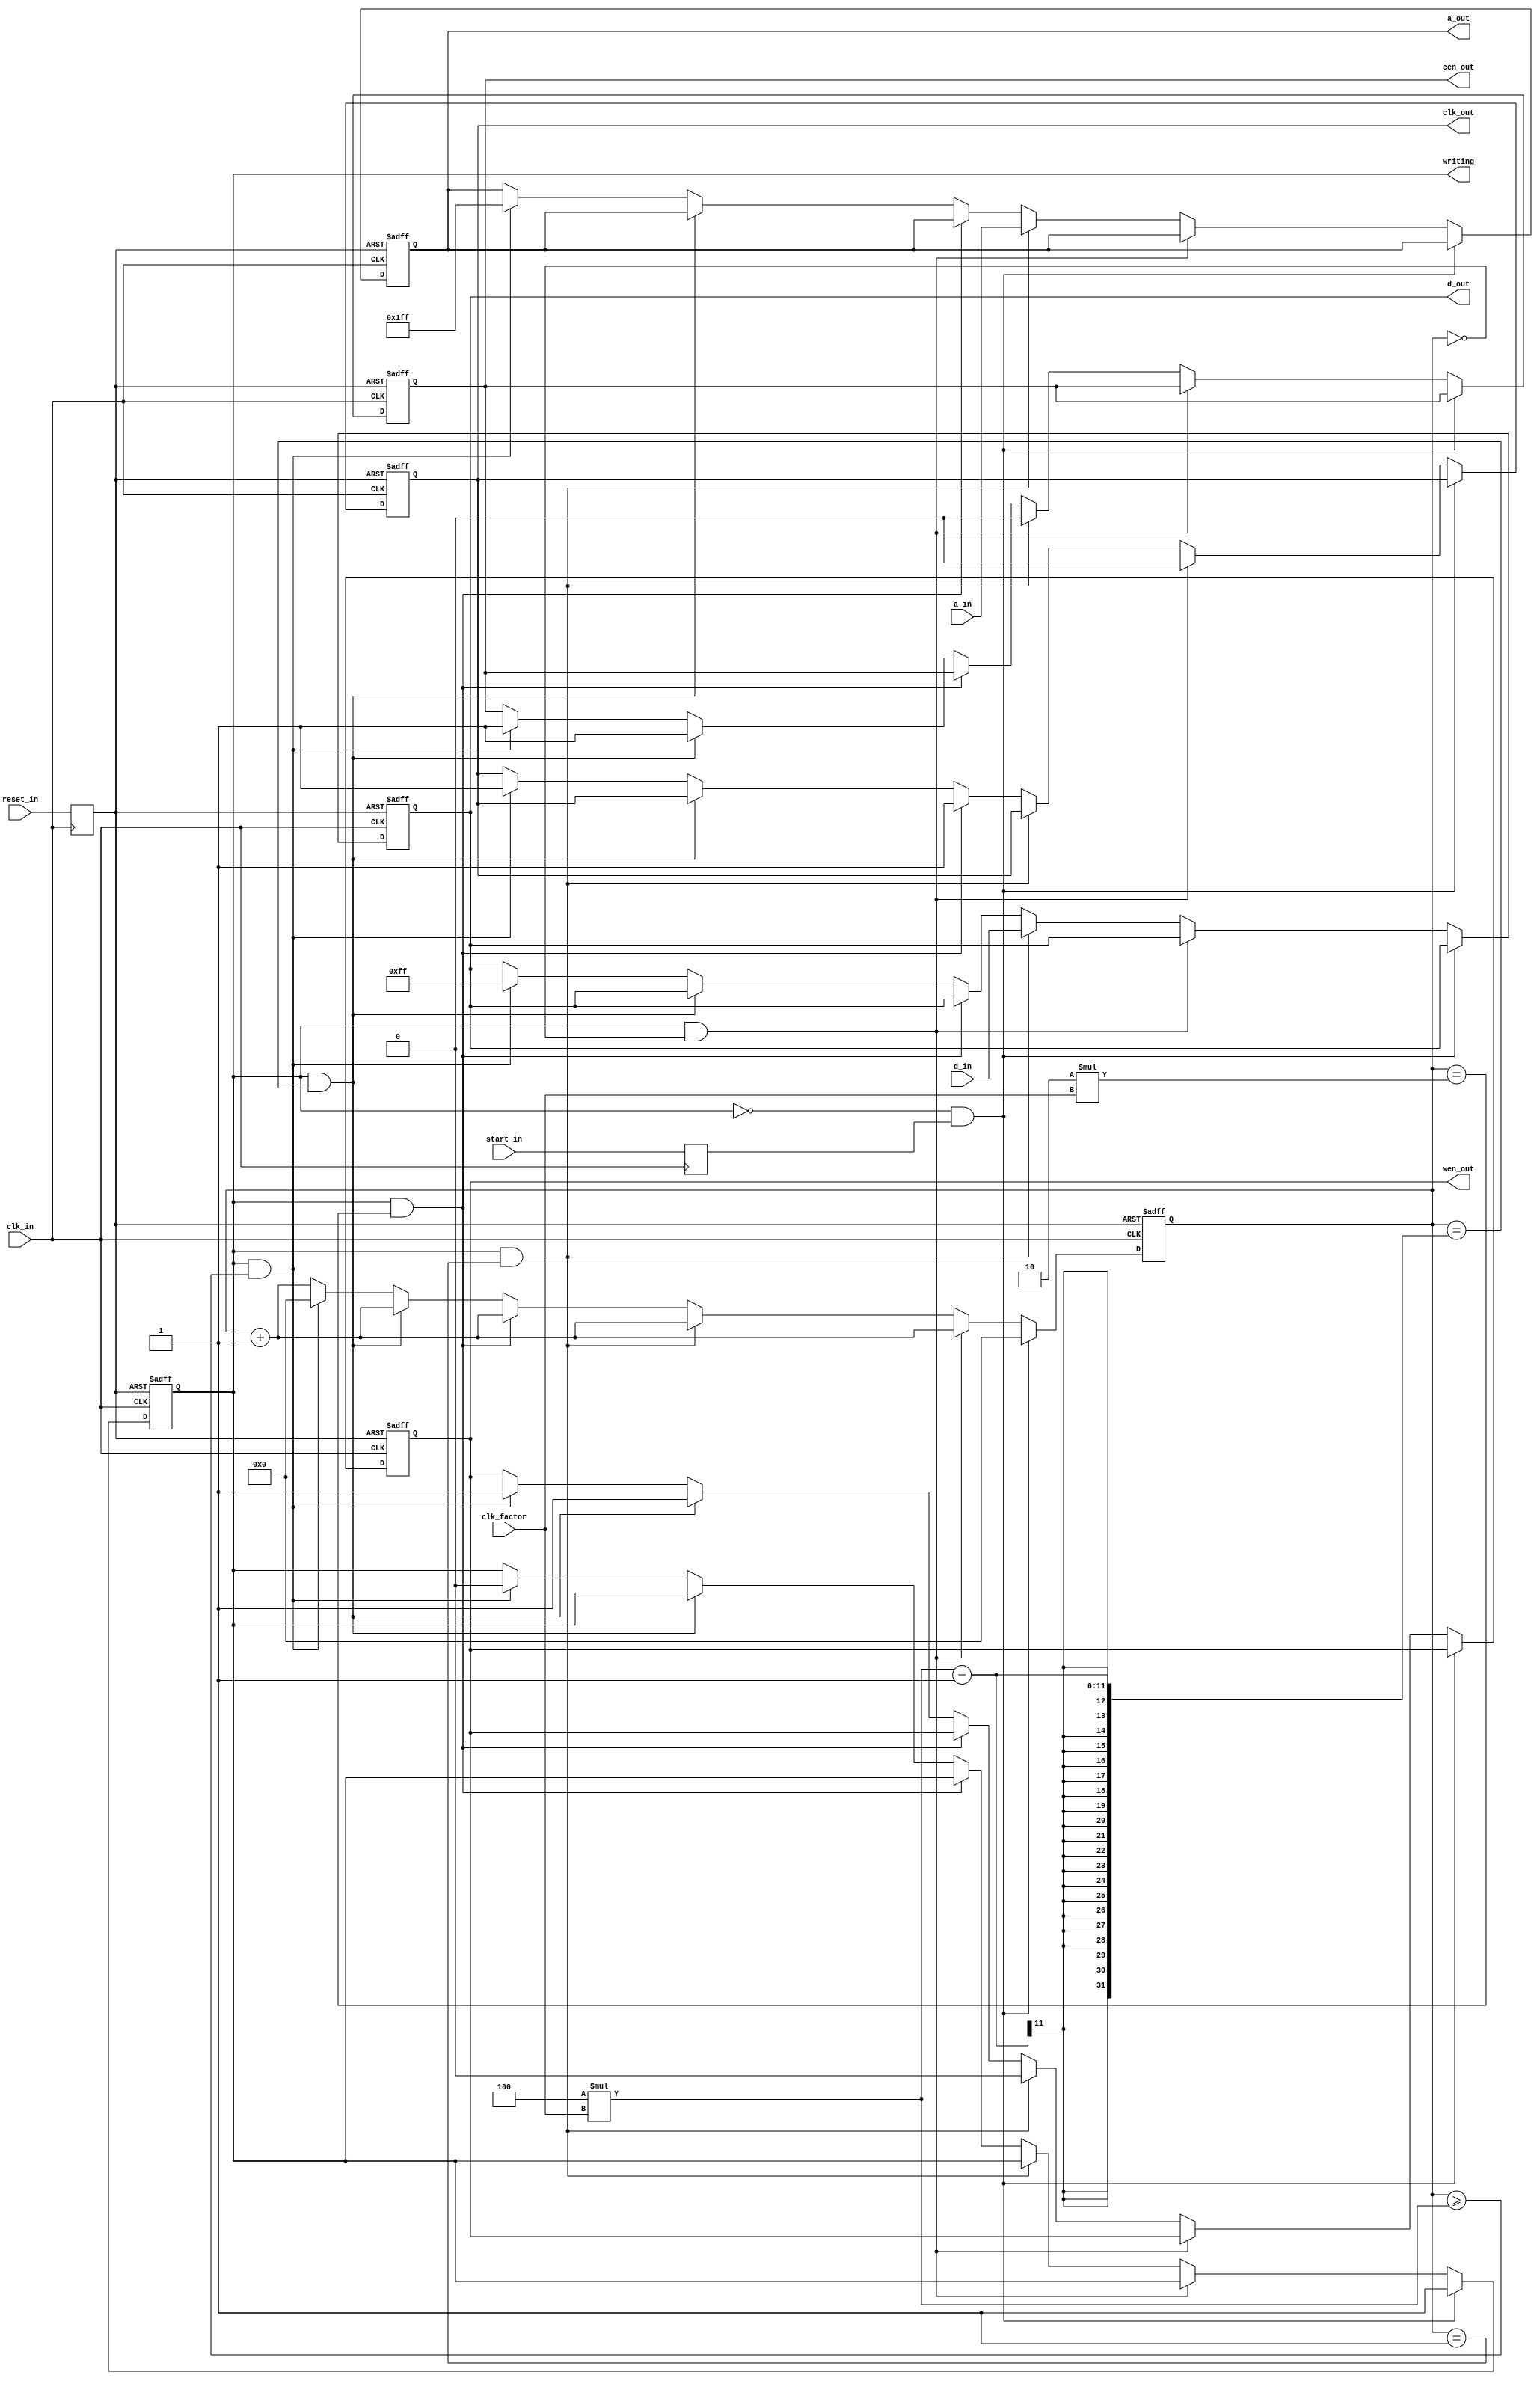
`timescale 1ns / 1ps
//////////////////////////////////////////////////////////////////////////////////
// Company:
// Engineer:
// 
// Design Name: 
// Module Name: WriteCycle
// Project Name: 
// Target Devices: 
// Tool Versions: 
// Description: 
// 
// Dependencies: 
// 
// Revision:
// Revision 0.01 - File Created
// Additional Comments:
// 
//////////////////////////////////////////////////////////////////////////////////


module WriteCycle  (
    input [7:0] clk_factor, // delay period between actions (in clk_in ticks)
    input clk_in, // Internal clk (100MHz)
    input reset_in, // Global reset
    input start_in, // Single tick pulse from button
    input [8:0] a_in, // 9-bit write address (from fpga)
    input [7:0] d_in, // 8-bit write value (from fpga)
    output clk_out, // Clk for SRAM
    output cen_out, // Chip enable for SRAM
    output wen_out, // Bitmask enable for SRAM
    output [8:0] a_out, // 9-bit write address (for SRAM)
    output [7:0] d_out, // 8-bit write value (for SRAM)
    output writing // high if writing to SRAM
    );
    // Register inputs
    //
    reg reset = 1;
    reg start = 0;
    always @ (posedge clk_in) begin
        reset = reset_in;
        start = start_in;
    end
    
    // Counter for delay
    reg [7:0] counter = 0;
    // Cycle running
    reg cycle = 0;
    reg clk = 1;
    reg cen = 1;
    reg wen = 1;
    reg [8:0] a = 'hfff;
    reg [7:0] d = 'hff;
    always @ (posedge clk_in or posedge reset) begin
        if (reset) begin
            cycle <= 0;
            counter <= 0;
            clk <= 1;
            cen <= 1;
            wen <= 1;
            a <= 'hfff;
            d <= 'hff;
        end
        else
        // start new cycle and reset counter
        if (~cycle & start) begin
            cycle <= 1'b1;
            counter <= 1'b0;
        end
        else
        // inside of cycle
        if (cycle & counter == 0) begin
            clk <= 1'b0;
            counter <= counter + 1;
        end
        else
        if (cycle & counter == 1) begin
            cen <= 1'b0;
            wen <= 1'b0;
            a <= a_in;
    	    d <= d_in;
    	    counter <= counter + 1;
        end
        else
        if (cycle & counter == 2*clk_factor) begin
            clk <= 1'b1;
            counter <= counter + 1;
        end
        else
        if (cycle & counter == 4*clk_factor-1) begin
            cen <= 1'b1;
            wen <= 1'b1;
            counter <= counter + 1;
        end
        else
        // end of cycle
        if (cycle & counter >= 4*clk_factor) begin
            cycle <= 1'b0;
            counter <= 0;
            clk <= 1'b1;
            cen <= 1'b1;
            wen <= 1'b1;
            a <= 'hfff;
            d <= 'hff;
        end
        // always tick counter
        else begin
            counter <= counter + 1;
        end
    end
         
    // Output
    assign clk_out = clk;
    assign cen_out = cen;
    assign wen_out = wen;
    assign a_out = a;
    assign d_out = d;
    assign writing = cycle;
endmodule